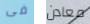
فى معادن